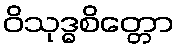
ဝိသုဒ္ဓစိတ္တော